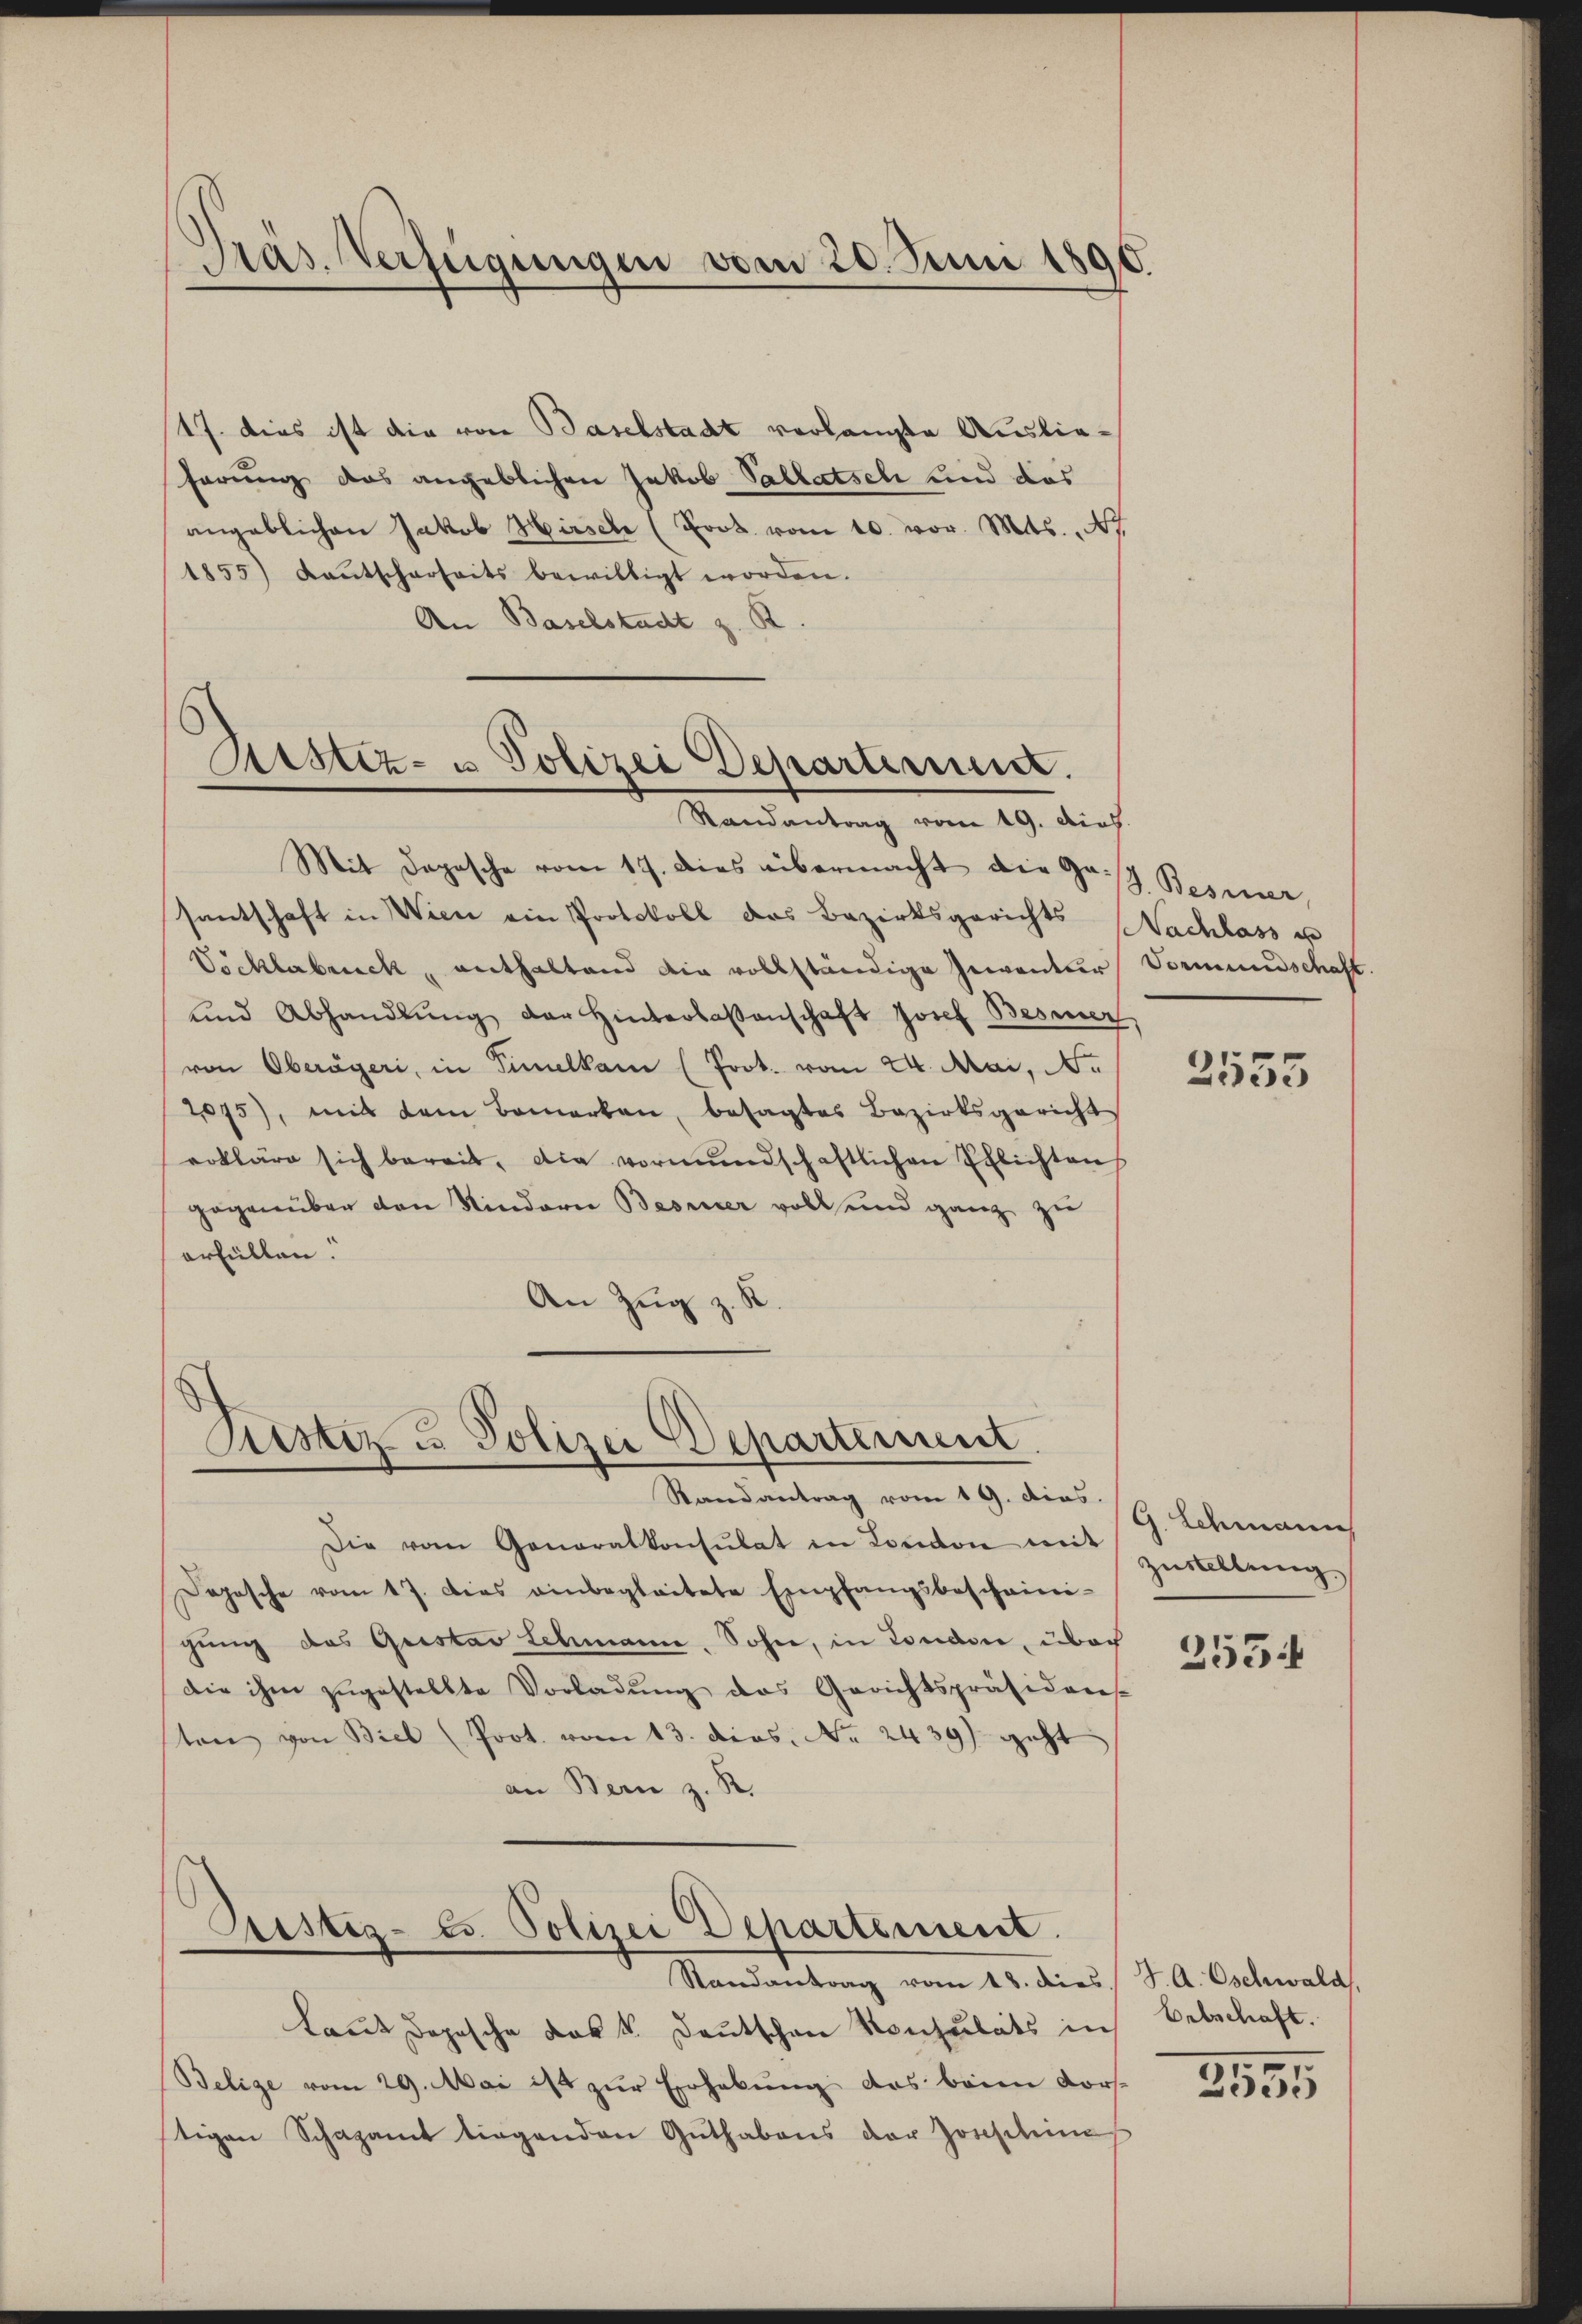
Präs. Verfügungen vom 20. Juni 1896

17. Dies ist die von Baselstadt verlangte Auslieferung das angeblichen Jakob Pallatsch und das
angeblichen Jakob Hirsch (Loos vom 10. vor. Mts., N
1855) Kantscharseits bewilligt worden.
An Baselstadt z. B

Zustiz- u Polizei Departiniunt.
Randantrag vom 19. dich.

Mit Depesche vom 17. dies übermacht die Gas Besinner,
santschaft in Wien ein Protokoll das Bezirksgerichts
Vöcklabruck, enthaltend die vollständige Gewandler, Vormundschaft.
und Abhandlŭng der Hinterlassenschaft Josef Besier,
von Oberägeri, in Timelkam (Prot. vom 24. Mai, N.
2075), mit dem Bemerken, besagtes Bezirksgericht
erkläre sich bereit, die vormŭndschaftlichen Pflichten
gegenüber den Kindern Besiner voll und ganz zu
erfüllen.
An Zug z. R.

Restiz & Polizei Departement.
Randantrag vom 19. dies G. Schmann

Gestez-Es Polizei Departement.
Randantrag vom 18. dies S. A. Oschwald.

Die vom Generalkonsulat in London in Zustellŭng
Dopische vom 17. Dies einbegleitete Empfangsbescheini-
gŭng des Gustav Schmann. Sohn, in London, über
die ihm zŭgestellte Vorladŭng des Gerichtspräsidens-
ten von Biel (Poot. vom 13. dies. No. 2439) geht
an Bern z. R.

Laut dopische das k. Deutschen Konsulats in Betschaft.
Belige vom 29. Mai ist zur Erhebung des beim Dors-
tigen Schazamt liegenden Guthabens der Josephine

NNachlass e

2555

253

2555